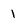
Character: 1